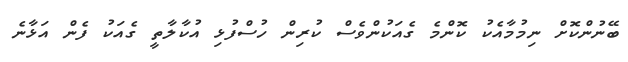
ބޭނުންކޮށް ނިމުމާއެކު ކޮންމެ ގެއަކުންވެސް ކުރިން ހުސްފުޅި އުކާލާތީ ގެއަކު ފެން އަޅާނެ